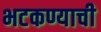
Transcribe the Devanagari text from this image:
भटकण्याची